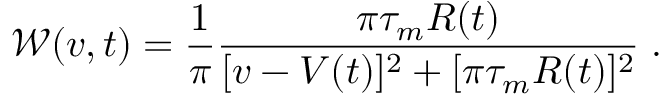
\mathcal W ( v , t ) = \frac 1 \pi \frac { \pi \tau _ { m } R ( t ) } { [ v - V ( t ) ] ^ { 2 } + [ \pi \tau _ { m } R ( t ) ] ^ { 2 } } \; .